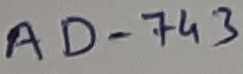
Text: AD-743